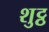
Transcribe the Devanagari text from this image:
शुट्ठ